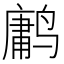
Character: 𱊤